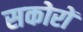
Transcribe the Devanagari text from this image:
सकोरों